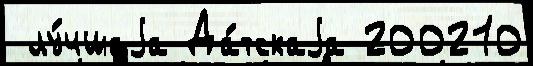
 лу́чшаjа Да́тскаjа 200210